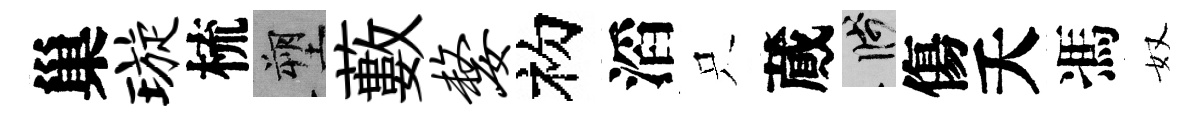
巢璇梳塑藪嫠初滔只蕆箋傷夭馮奴